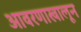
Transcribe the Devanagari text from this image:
आवरणाखालून